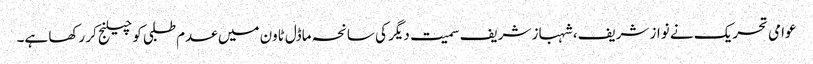
عوامی تحریک نے نواز شریف، شہباز شریف سمیت دیگر کی سانحہ ماڈل ٹاون میں عدم طلبی کو چیلنج کر رکھا ہے۔